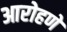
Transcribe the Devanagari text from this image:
आरोहणे